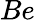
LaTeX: \textit{Be}